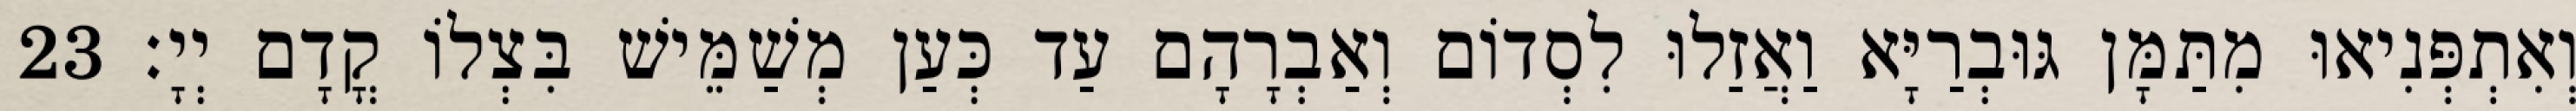
וְאִתְפְּנִיאוּ מִתַּמָּן גּוּבְרַיָּא וַאֲזַלוּ לִסְדוֹם וְאַבְרָהָם עַד כְּעַן מְשַׁמֵּישׁ בִּצְלוֹ קֳדָם יְיָ׃ 23